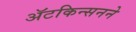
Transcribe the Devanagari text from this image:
ॲटकिन्सनने